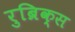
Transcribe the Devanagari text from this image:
रुब्रिक्स